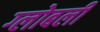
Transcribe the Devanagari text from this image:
ग्लोबली